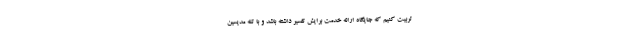
تربیت کنیم که جایگاه ارائه خدمت برایش تفسیر داشته باشد و با تله مدیسین